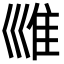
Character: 𡿾